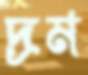
দ্রম